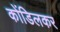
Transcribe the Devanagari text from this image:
कोंडिलकर